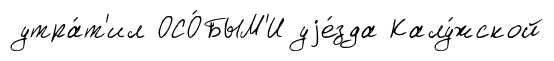
утра́т'ил ОСО́БЫМ'И уjе́зда Калу́жской